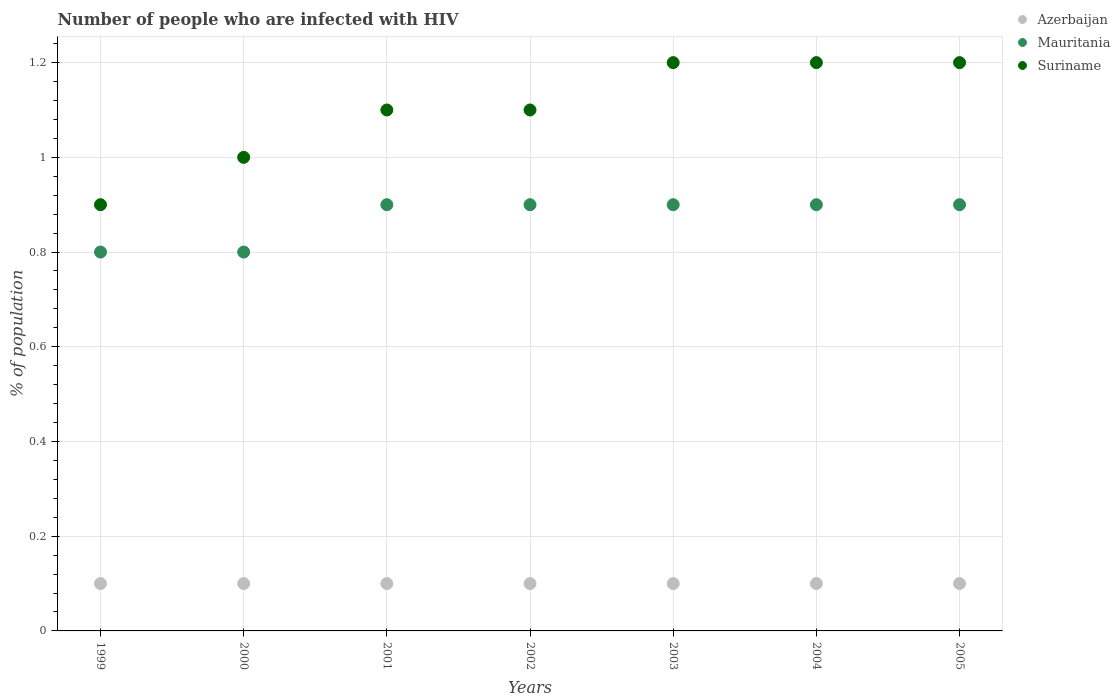
| Years | Azerbaijan | Mauritania | Suriname |
 | --- | --- | --- | --- |
 | 1999 | 0.1 | 0.8 | 0.9 |
 | 2000 | 0.1 | 0.8 | 1 |
 | 2001 | 0.1 | 0.9 | 1.1 |
 | 2002 | 0.1 | 0.9 | 1.1 |
 | 2003 | 0.1 | 0.9 | 1.2 |
 | 2004 | 0.1 | 0.9 | 1.2 |
 | 2005 | 0.1 | 0.9 | 1.2 |